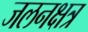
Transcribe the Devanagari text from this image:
जलनक्षत्र